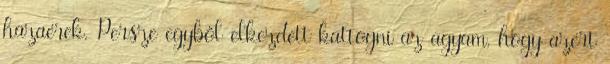
hazaérek. Persze egyből elkezdett kattogni az agyam, hogy azért